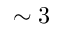
\sim 3